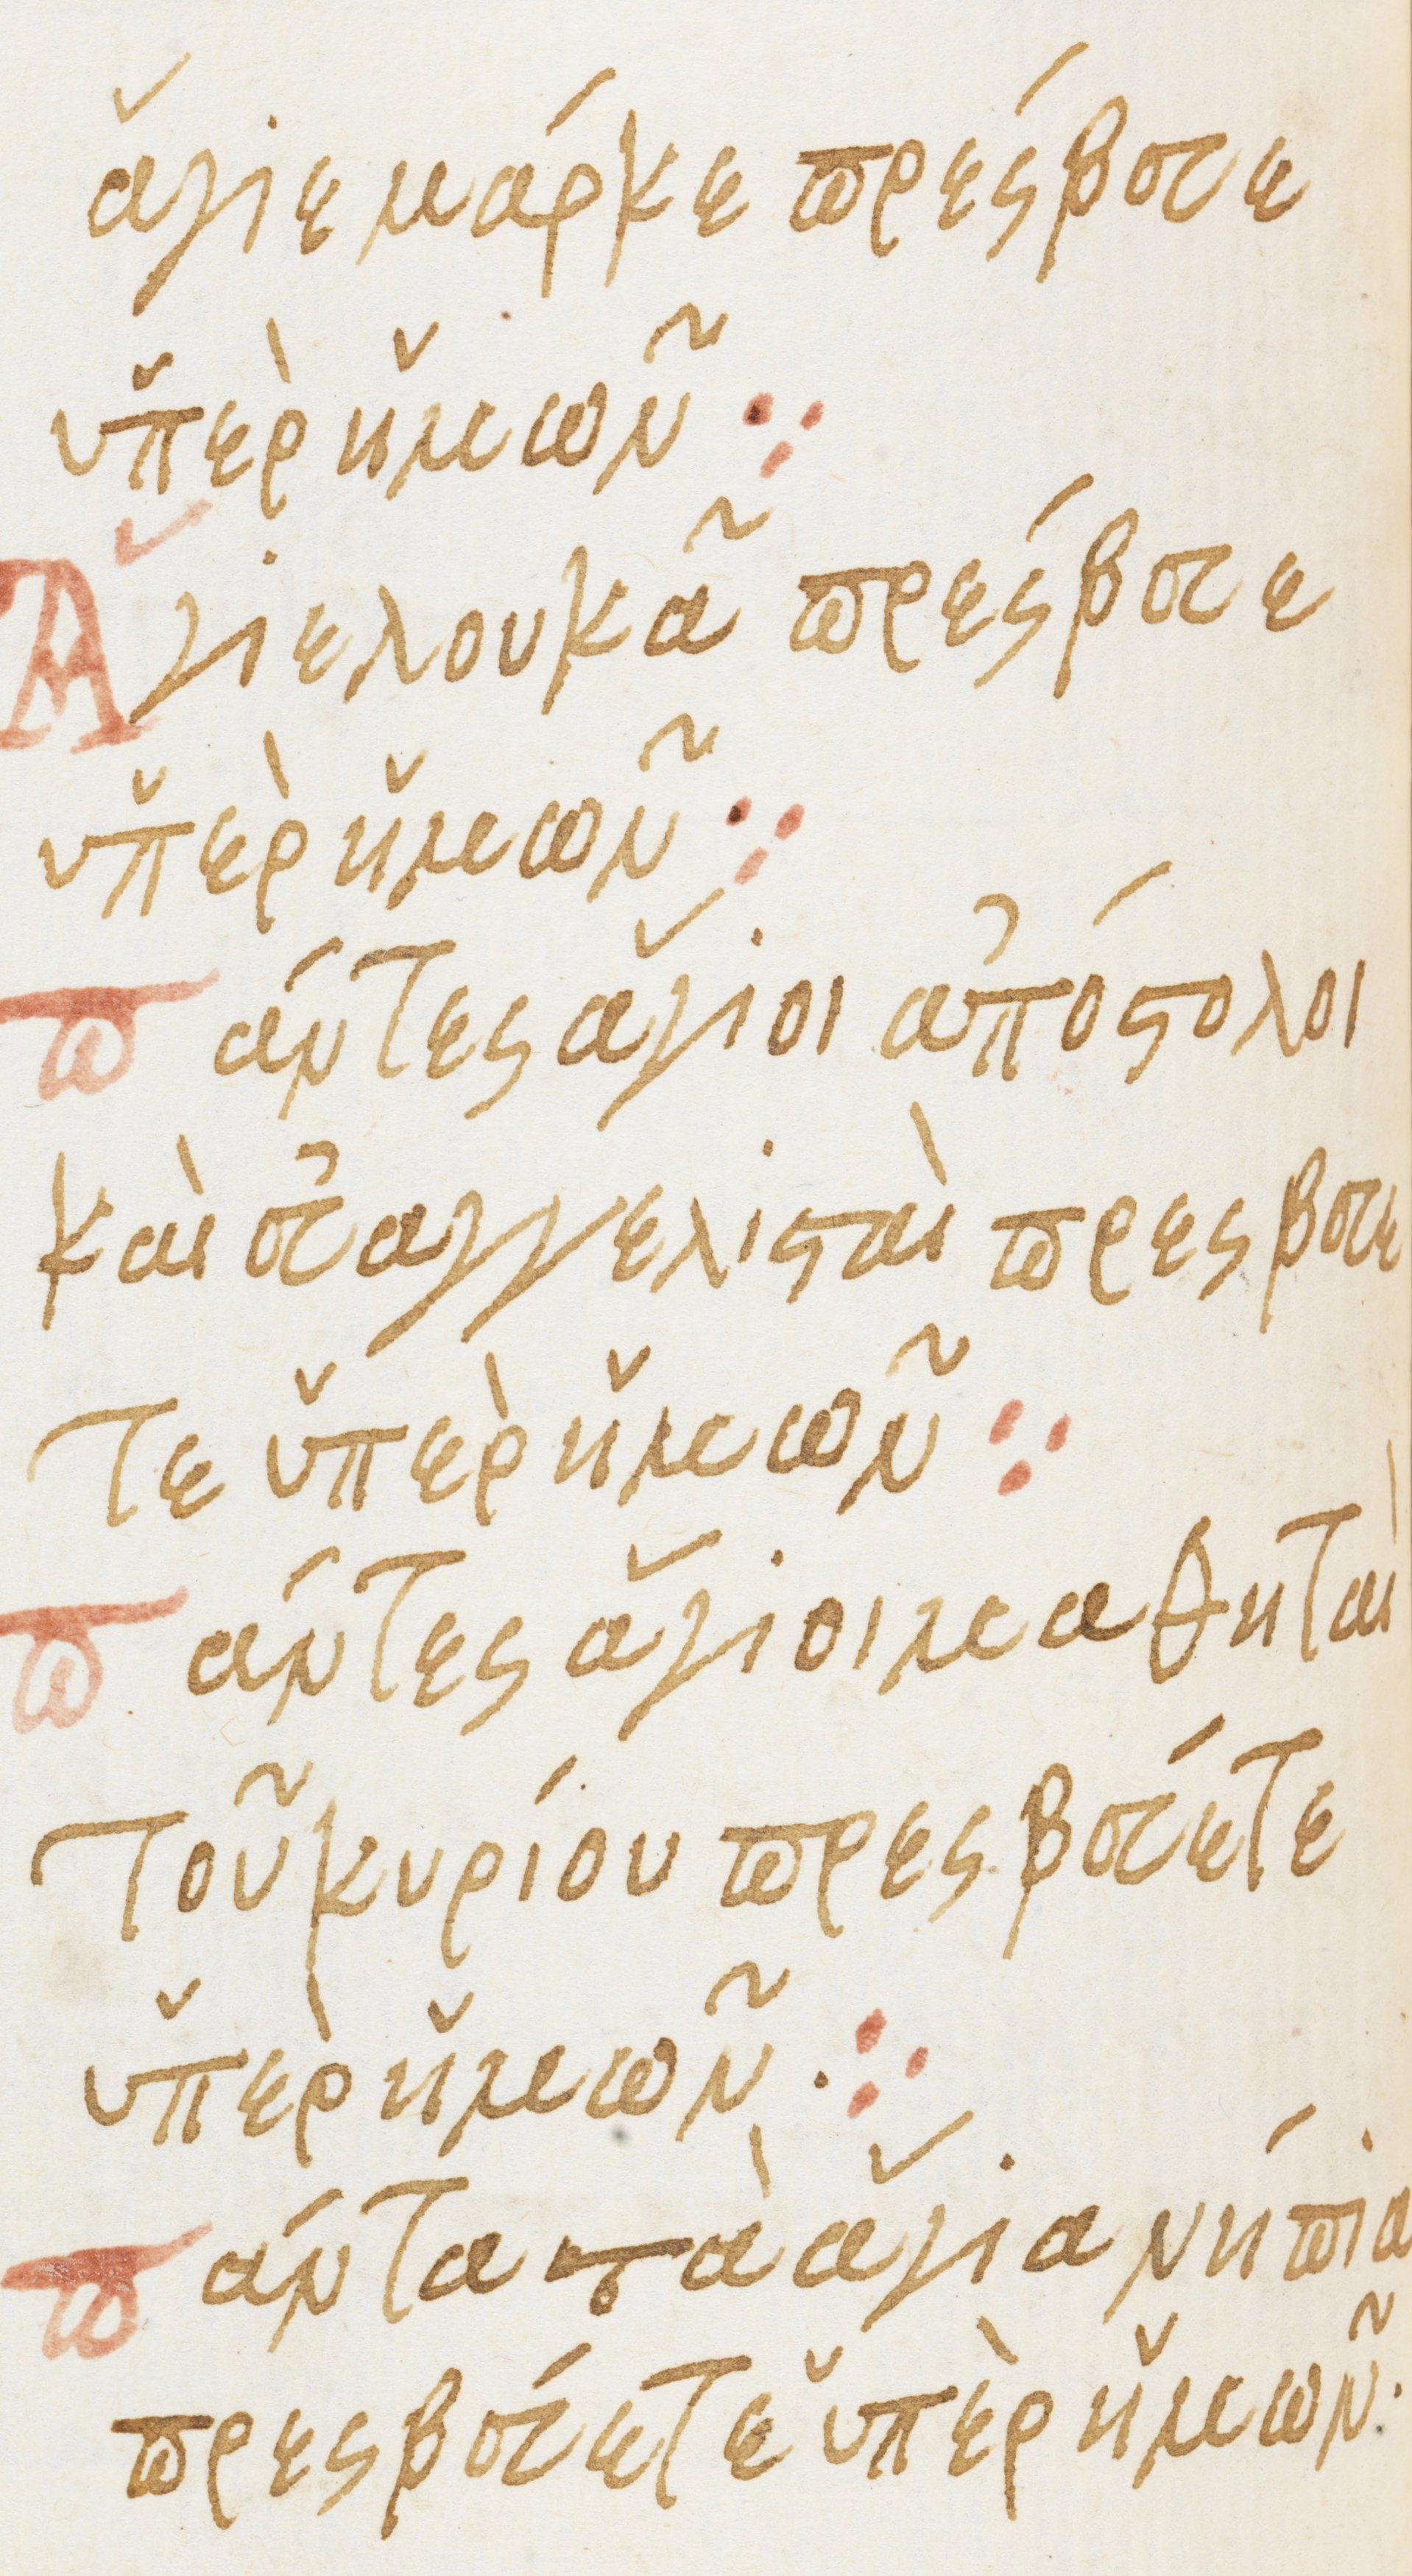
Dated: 1475–1499